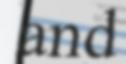
and